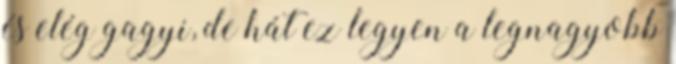
és elég gagyi, de hát ez legyen a legnagyobb